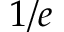
1 / e